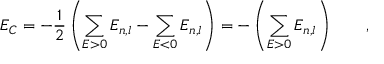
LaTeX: E _ { C } = - \frac { 1 } { 2 } \left( \sum _ { E > 0 } E _ { n , l } - \sum _ { E < 0 } E _ { n , l } \right) = - \left( \sum _ { E > 0 } E _ { n , l } \right) \qquad ,